Scottish Leaving Certificate Examination, 1956
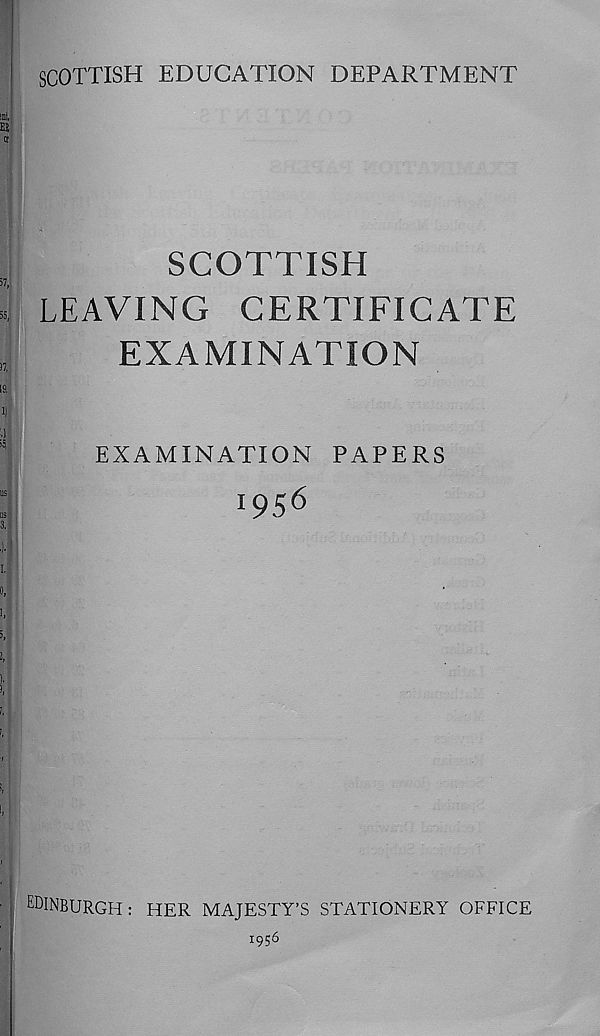
SCOTTISH EDUCATION DEPARTMENT
SCOTTISH
LEAVING CERTIFICATE
EXAMINATION
EXAMINATION PAPERS
l 95 6
EDINBURGH: HER MAJESTY’S STATIONERY OFFICE
1956